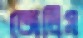
জেলিস